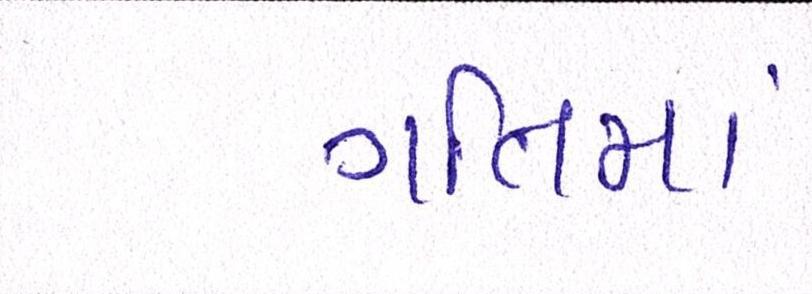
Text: ગતિમાં